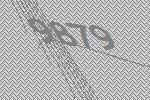
9879